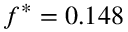
f ^ { * } = 0 . 1 4 8